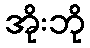
အိုးဘို